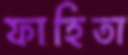
ফাহিতা